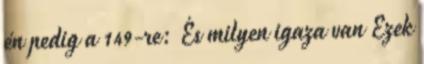
én pedig a 149-re: És milyen igaza van Ezek